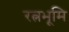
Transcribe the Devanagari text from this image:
रत्नभूमि